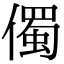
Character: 㒔